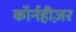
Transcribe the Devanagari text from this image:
कॉर्नहीज़र